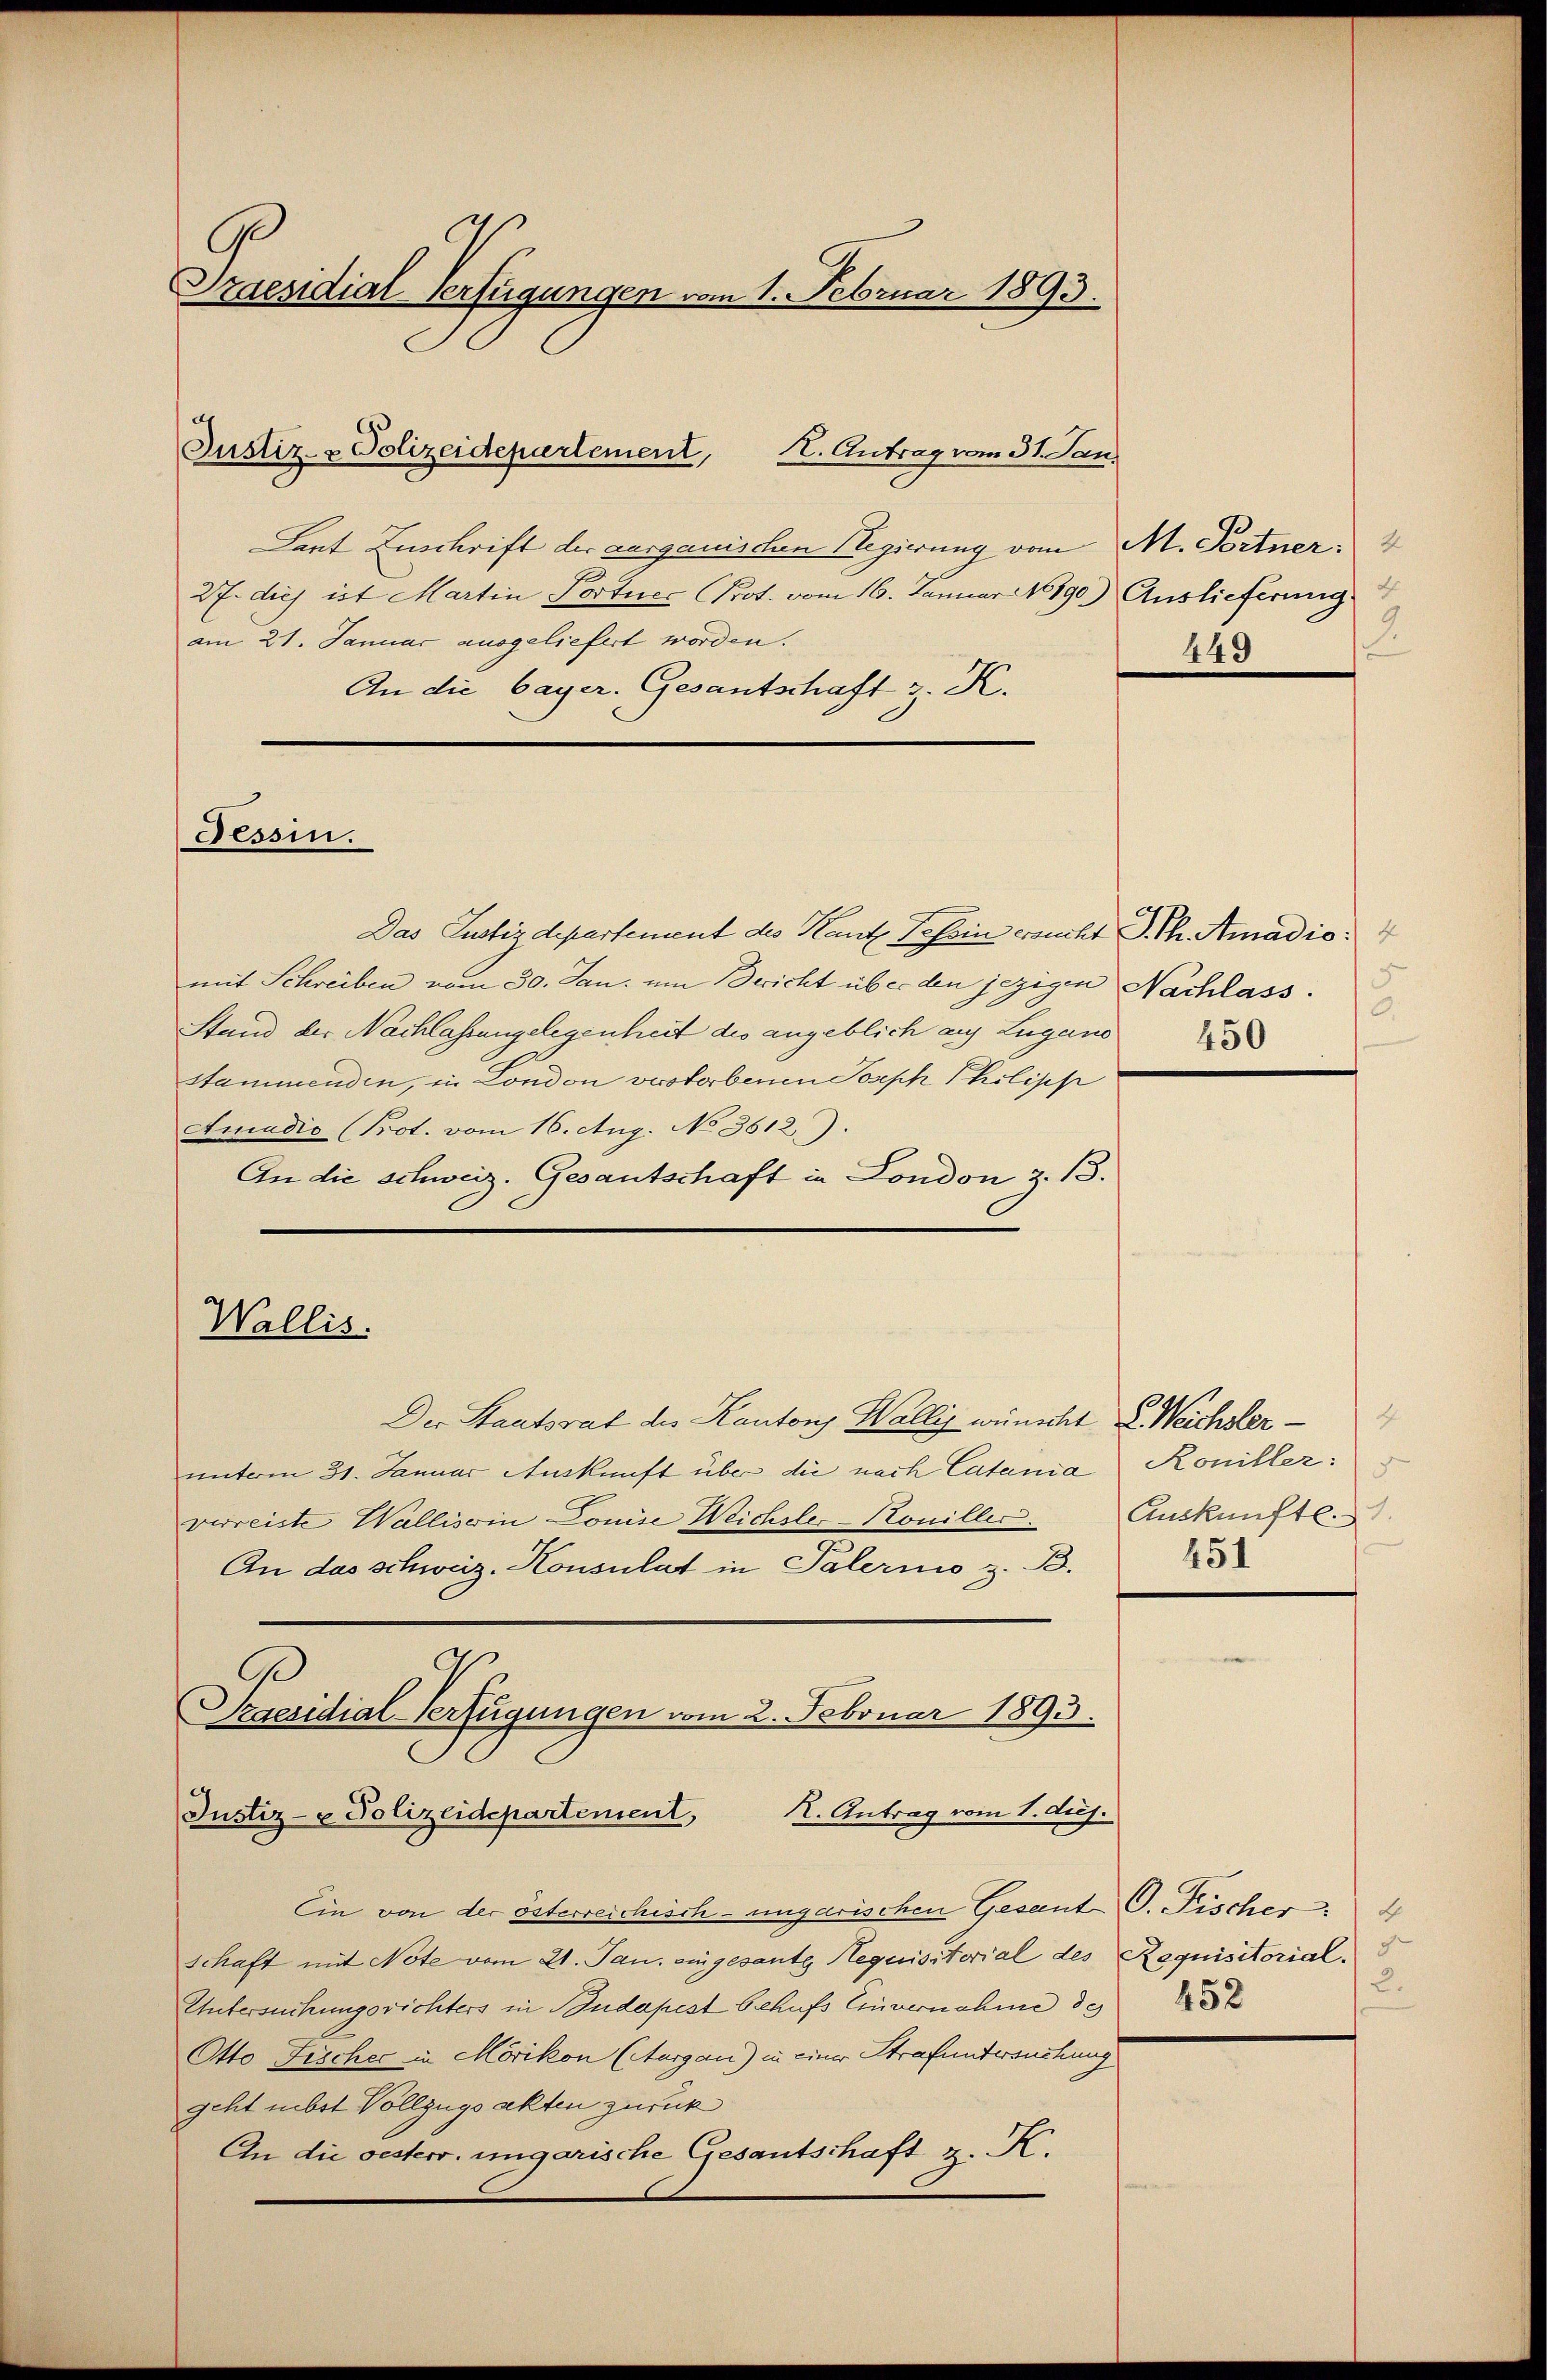
C
Praesidial-Verfügungen vom 1. Februar 1893.

Laut Zuschrift der aargauischen Regierung von M. Fortner
27. dies ist Martin Portner Prot. vom 16. Januar 18190) Auslieferung
am 21. Januar ausgeliefert worden.
An die bayer. Gesantschaft z. K.
Das Justizdepartement des Kantz Tessin ersucht S. Ph. Amadio
mit Schreiben vom 30. Jan. um Bericht über den jezigen Nachlass.
Stand der Nachlassengelegenheit des angeblich auf Lugano
stammenden, in London verstorbenen Joseph Philipp
Amadio (Prot. vom 16. Aug. No 3612).
An die schweiz. Gesantschaft in London z. 13.
Der Staatsrat des Kantons Wallis wünscht & Weichsler-
unterm 31. Januar Auskunft über die nach Catania Koniller:
verreiste Walliserin Louise Weichsler-Koniller.
An das schweiz. Konsulat in Palermo z. B.
Praesidial-Verfügungen vom 2. Februar 1893.
Justiz- & Polizeidepartement, K. Antrag vom 1. duj.
Ein von der österreichisch-ungarischen Gesant-O. Fischer:
schaft mit Note vom 21. Jan. eingesante Requisitorial des Requisitorial.
Untersuchungsrichters in Budapest behufs Einvernahme de
Otto Fischec in Mörikon (Aargau) in einer Strafuntersuchung
geht nebst Vollzugsakten zurück
An die oesterr. ungarische Gesantschaft z. K.

Justiz- & Polizeidepartement, H. Antrag vom 31. Jan.

Tessin.

Wallis.

2
449

.
450

4
Auskünfte.
451

2.
452